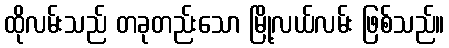
ထိုလမ်းသည် တခုတည်းသော မြို့လယ်လမ်း ဖြစ်သည်။